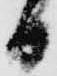
日